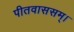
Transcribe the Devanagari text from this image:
पीतवाससम्‌।